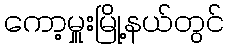
ကော့မှူးမြို့နယ်တွင်